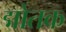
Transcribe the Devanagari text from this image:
द्मोतक